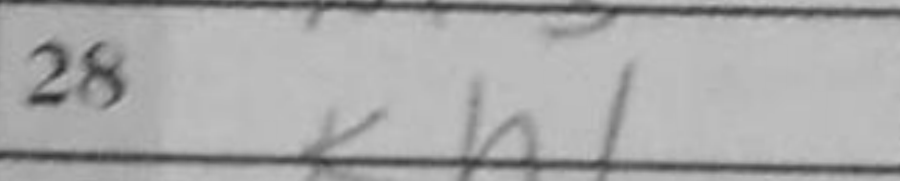
Transcription: Kh1